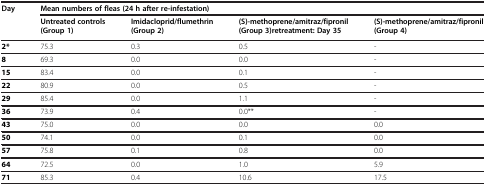
<table><thead><tr><td rowspan="2"><b>Day</b></td><td colspan="4"><b>Mean numbers of fleas (24 h after re-infestation)</b></td></tr><tr><td><b>Untreated controls (Group 1)</b></td><td><b>Imidacloprid/flumethrin(Group 2)</b></td><td><b>(S)-methoprene/amitraz/fipronil(Group 3)retreatment: Day 35</b></td><td><b>(S)-methoprene/amitraz/fipronil (Group 4)</b></td></tr></thead><tbody><tr><td><b>2*</b></td><td>75.3</td><td>0.3</td><td>0.5</td><td>-</td></tr><tr><td><b>8</b></td><td>69.3</td><td>0.0</td><td>0.0</td><td>-</td></tr><tr><td><b>15</b></td><td>83.4</td><td>0.0</td><td>0.1</td><td>-</td></tr><tr><td><b>22</b></td><td>80.9</td><td>0.0</td><td>0.5</td><td>-</td></tr><tr><td><b>29</b></td><td>85.4</td><td>0.0</td><td>1.1</td><td>-</td></tr><tr><td><b>36</b></td><td>73.9</td><td>0.4</td><td>0.0**</td><td>-</td></tr><tr><td><b>43</b></td><td>75.0</td><td>0.0</td><td>0.0</td><td>0.0</td></tr><tr><td><b>50</b></td><td>74.1</td><td>0.0</td><td>0.1</td><td>0.0</td></tr><tr><td><b>57</b></td><td>75.8</td><td>0.1</td><td>0.8</td><td>0.0</td></tr><tr><td><b>64</b></td><td>72.5</td><td>0.0</td><td>1.0</td><td>5.9</td></tr><tr><td><b>71</b></td><td>85.3</td><td>0.4</td><td>10.6</td><td>17.5</td></tr></tbody></table>